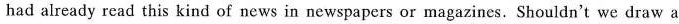
had already read this kind of news in newspapers or magazines. Shouldn't we draw a